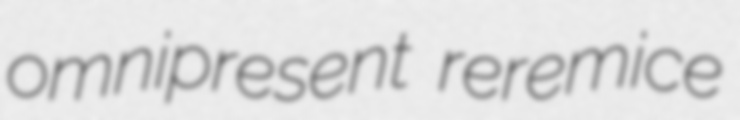
omnipresent reremice